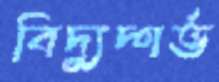
বিদ্যুদ্গর্ভ